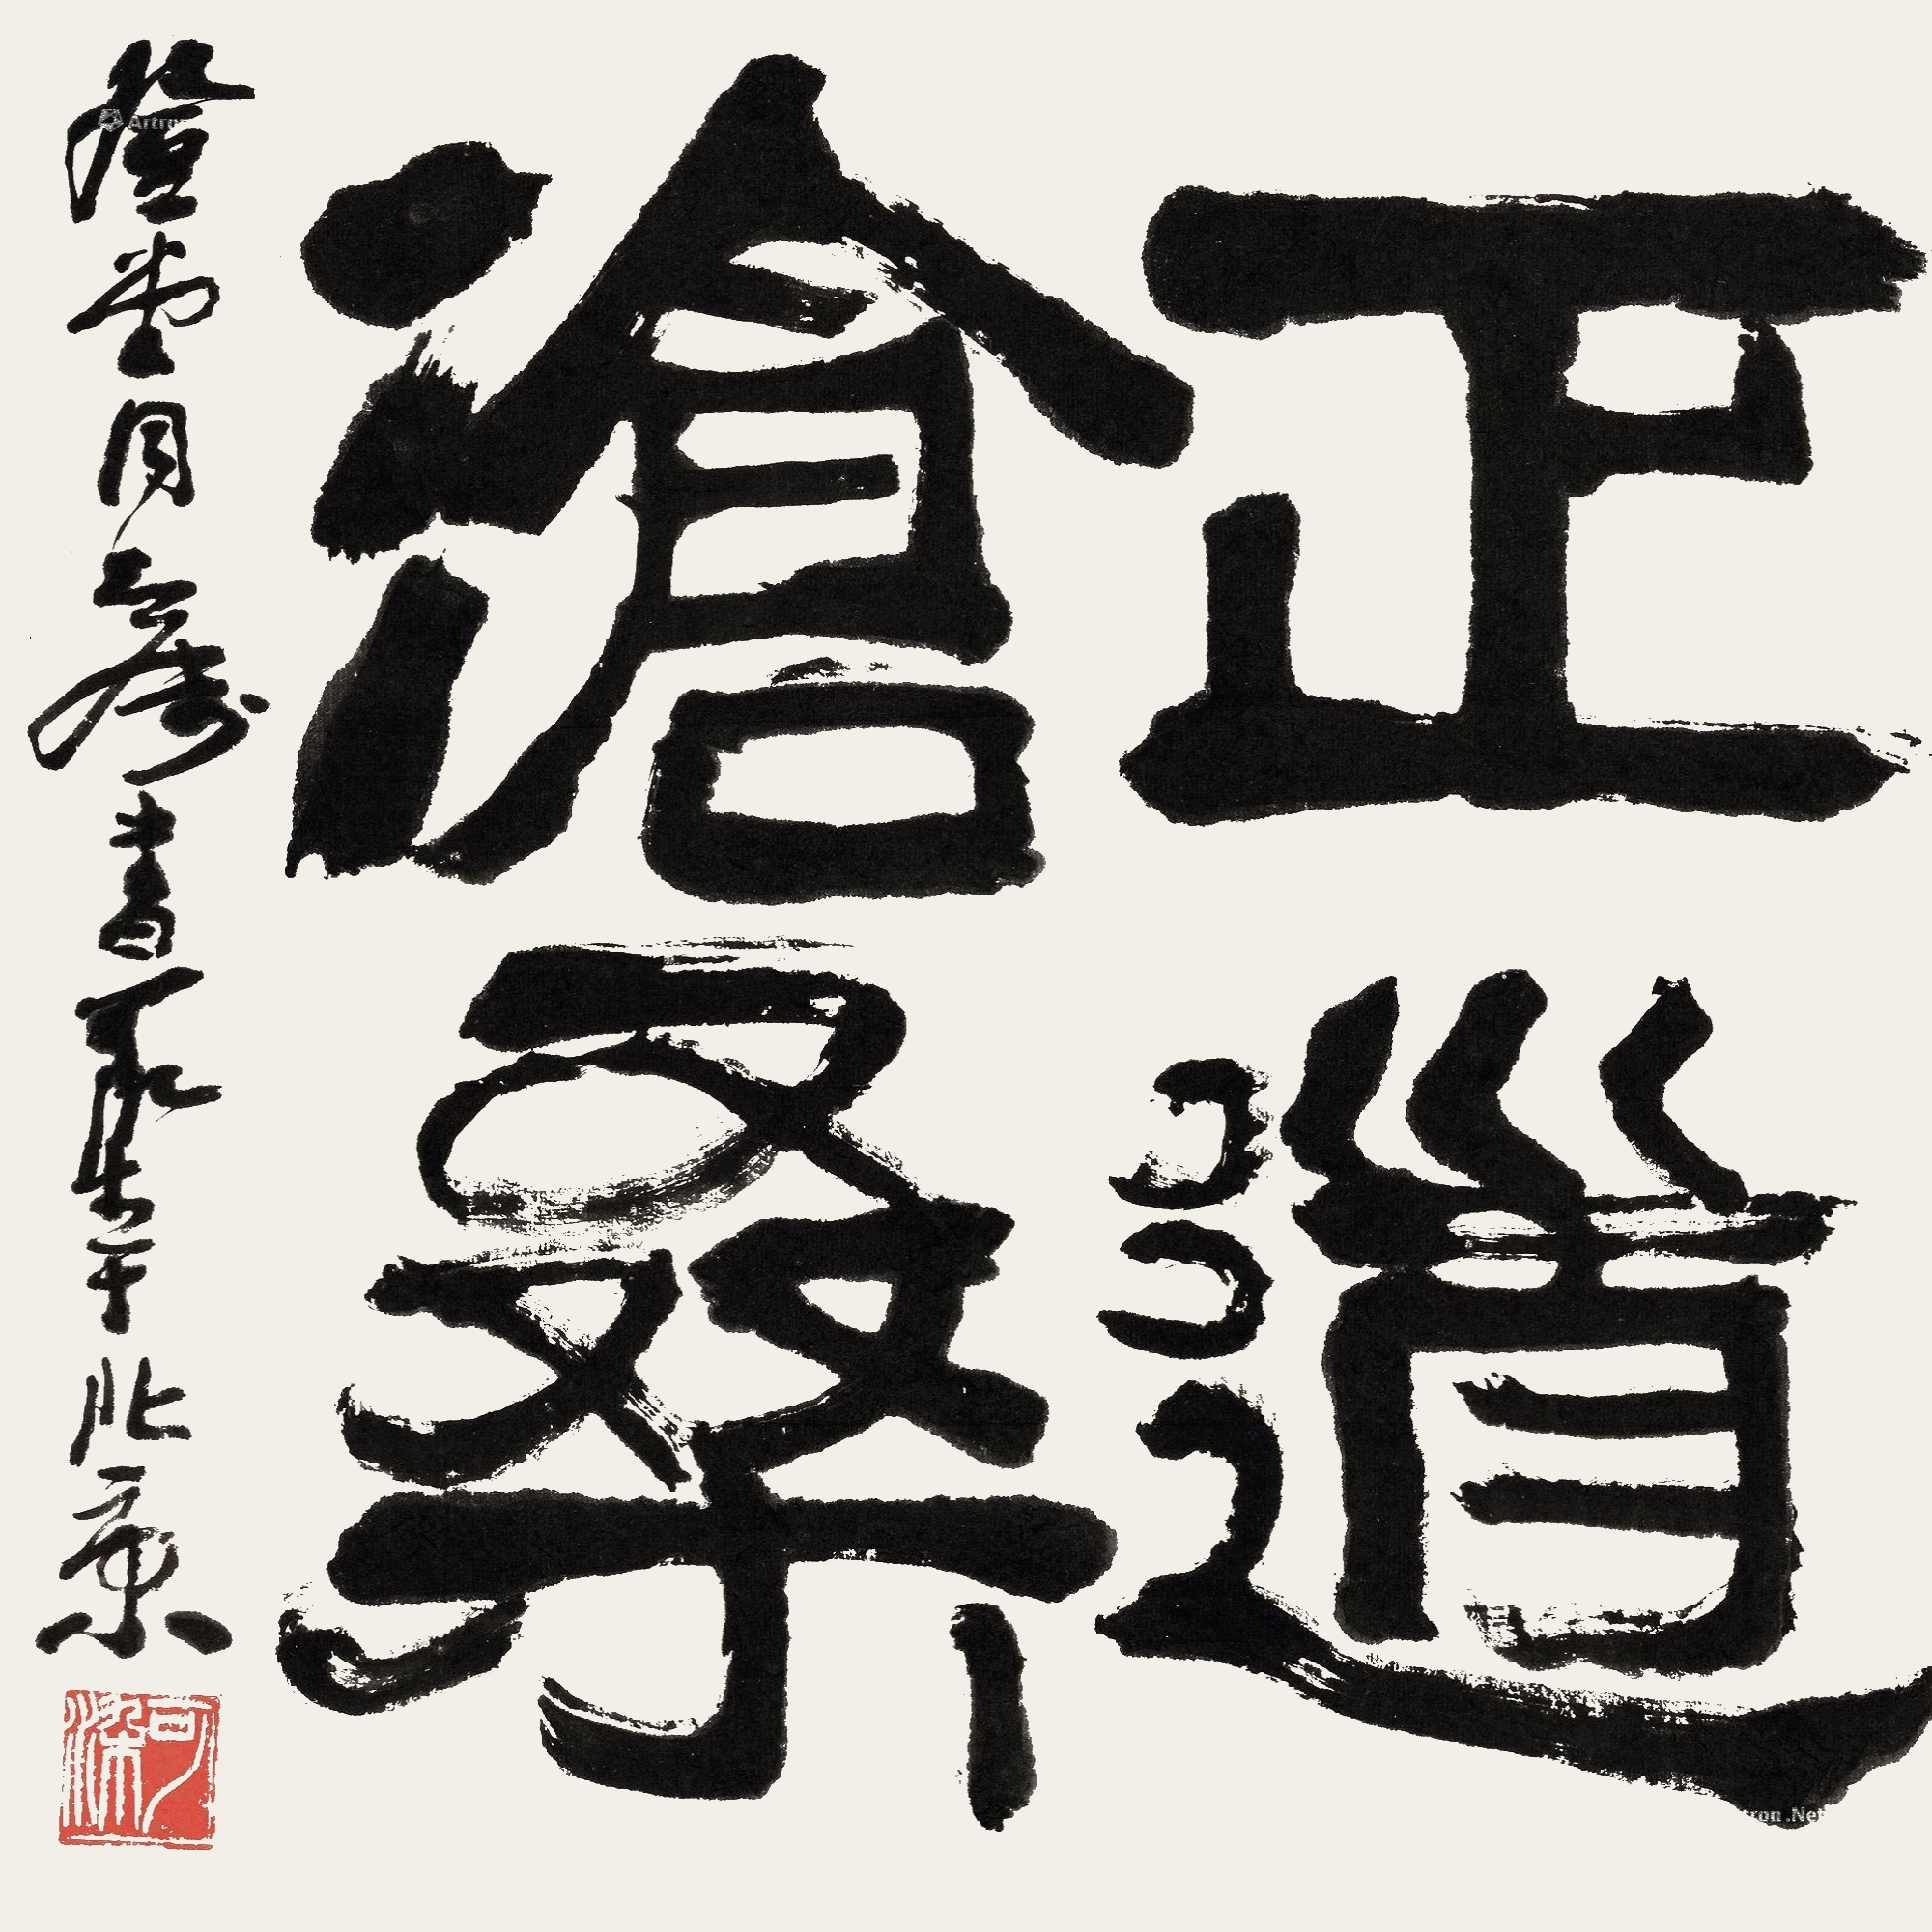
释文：正道沧桑登堂同志属书，可染于北京。